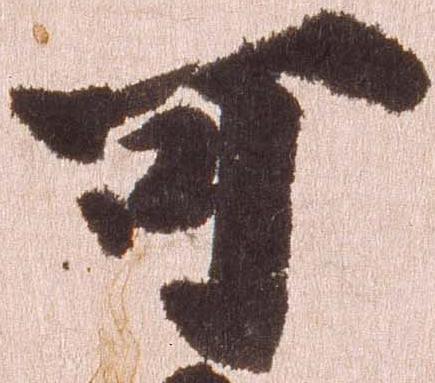
可